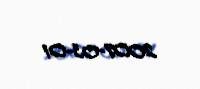
2007-03-01